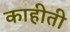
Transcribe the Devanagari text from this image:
काहीती